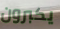
يكبرون